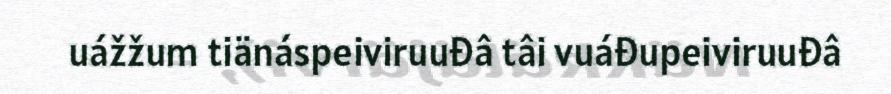
uážžum tiänáspeiviruuđâ tâi vuáđupeiviruuđâ